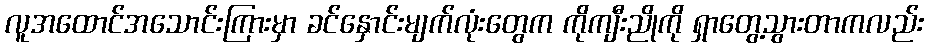
လူအထောင်အသောင်းကြားမှာ ခင်နှောင်းမျက်လုံးတွေက ကိုကျီးညိုကို ရှာတွေ့သွားတာကလည်း